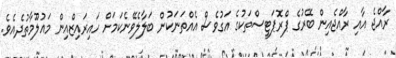
ރާއްޖެ އާއި ރާއްޖެއިން ބޭރުގެ ޕްރޮޕަޓީސްތަކުގެ އަގުވެސް އެއްތަނަކުން ބަލާލެވޭނެކަމަށް ހައިރައިޒްއިން މައުލޫމާތުދެއެވެ.